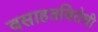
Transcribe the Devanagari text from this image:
वसाहतविरोधी